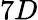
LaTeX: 7D